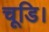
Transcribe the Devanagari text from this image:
चूडि।